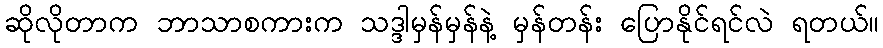
ဆိုလိုတာက ဘာသာစကားက သဒ္ဒါမှန်မှန်နဲ့ မှန်တန်း ပြောနိုင်ရင်လဲ ရတယ်။